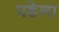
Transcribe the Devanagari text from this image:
पडेना